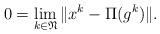
LaTeX: \begin{align*}0=\lim_{k\in\mathfrak{N}}\Vert x^{k}-\Pi(g^{k})\Vert.\end{align*}